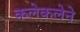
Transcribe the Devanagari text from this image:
कलेकलेने